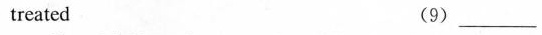
treated (9) ___